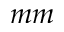
m m